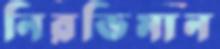
নিরভিমান